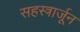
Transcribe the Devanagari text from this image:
सहस्त्रार्जून